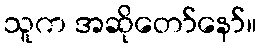
သူက အဆိုတော်နော်။